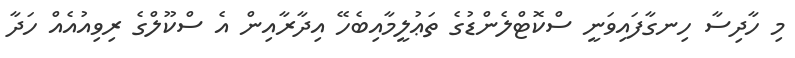
މި ހާދިސާ ހިނގާފައިވަނީ ސްކޮޓްލެންޑުގެ ތަޢުލީމާއިބެހޭ އިދާރާއިން އެ ސްކޫލްގެ ރިވިއުއެއް ހަދާ